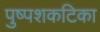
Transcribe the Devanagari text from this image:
पुष्पशकटिका